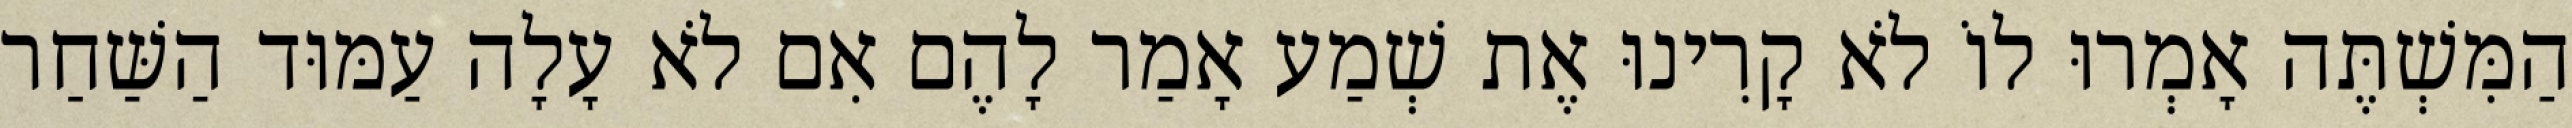
הַמִּשְׁתֶּה אָמְרוּ לוֹ לֹא קָרִינוּ אֶת שְׁמַע אָמַר לָהֶם אִם לֹא עָלָה עַמּוּד הַשַּׁחַר